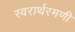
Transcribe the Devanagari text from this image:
स्वरार्थरमणी